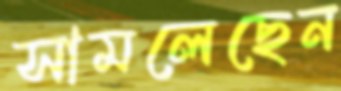
সামলেছেন